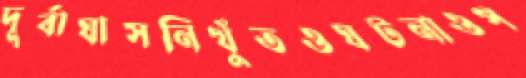
দূর্বাঘাসনিখুঁতওঘটনাওপ